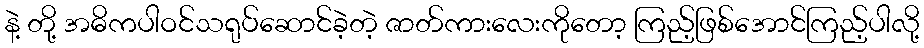
နဲ့ တို့ အဓိကပါဝင်သရုပ်ဆောင်ခဲ့တဲ့ ဇာတ်ကားလေးကိုတော့ ကြည့်ဖြစ်အောင်ကြည့်ပါလို့